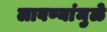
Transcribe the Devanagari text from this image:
लावण्यांमुळे